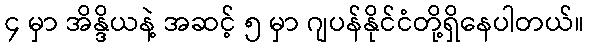
၄ မှာ အိန္ဒိယနဲ့ အဆင့် ၅ မှာ ဂျပန်နိုင်ငံတို့ရှိနေပါတယ်။